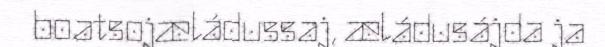
boatsojæládussaj, æládusájda ja